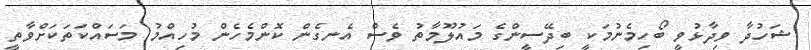
ޝަހުދާ ވިދާޅުވީ ބޯހިމެނުމަކީ ބިދޭސީންގެ މައުލޫމާތު ވެސް އެނގެން ކޮންމެހެން މުހިއްމު މަސައްކަތަކަށްވާތީ